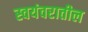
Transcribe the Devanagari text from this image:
स्वयंवरातील